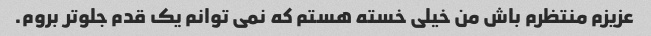
عزیزم منتظرم باش من خیلی خسته هستم که نمی توانم یک قدم جلوتر بروم.